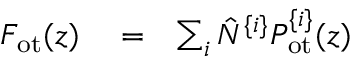
\begin{array} { r l r } { F _ { \mathrm { o t } } ( z ) } & { { } = } & { \sum _ { i } \hat { N } ^ { \{ i \} } P _ { \mathrm { o t } } ^ { \{ i \} } ( z ) } \end{array}